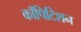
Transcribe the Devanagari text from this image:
काँपिटिशन